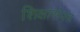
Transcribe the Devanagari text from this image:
शिक्षासंपन्न